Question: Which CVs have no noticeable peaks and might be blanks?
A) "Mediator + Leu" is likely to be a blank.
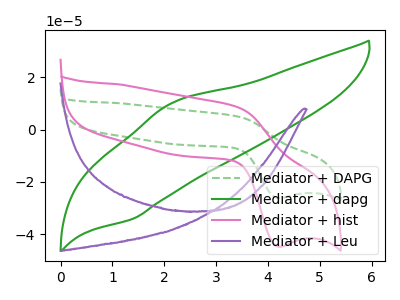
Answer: <think>The green dashed curve "Mediator + DAPG" has an anodic peak at (3.45V, 4.95uA) and a cathodic peak at (4.20V, -26.15uA). The green curve "Mediator + dapg" has an anodic peak at (2.15V, 10.00uA) and a cathodic peak at (1.40V, -34.20uA). The pink curve "Mediator + hist" has an anodic peak at (3.45V, 8.50uA) and a cathodic peak at (4.20V, -44.80uA). The purple curve "Mediator + Leu" has no peaks.</think>
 <answer>A) "Mediator + Leu" is likely to be a blank.</answer>
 <eval>A</eval>